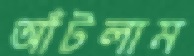
আঁটলাম